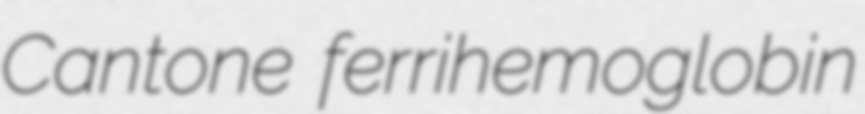
Cantone ferrihemoglobin